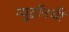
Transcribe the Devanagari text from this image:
न्युट्रॉनची